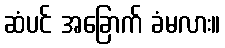
ဆံပင် အခြောက် ခံမလား။